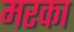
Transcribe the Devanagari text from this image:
मरका